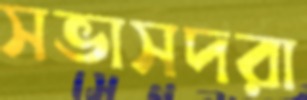
সভাসদরা